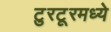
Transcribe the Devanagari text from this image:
टुरटूरमध्ये